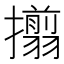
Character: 𢸄